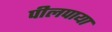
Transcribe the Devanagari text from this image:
पीलपाया